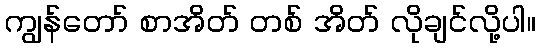
ကျွန်တော် စာအိတ် တစ် အိတ် လိုချင်လို့ပါ။